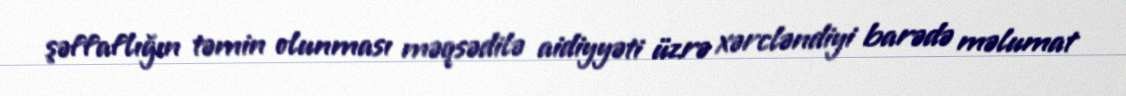
şəffaflığın təmin olunması məqsədilə aidiyyəti üzrə xərcləndiyi barədə məlumat